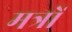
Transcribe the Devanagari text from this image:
मत्रों